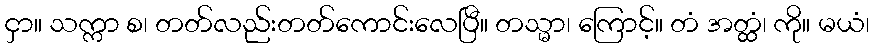
ငှာ။ သက္ကာ စ၊ တတ်လည်းတတ်ကောင်းလေပြီ။ တသ္မာ၊ ကြောင့်။ တံ အတ္ထံ၊ ကို။ မယံ၊